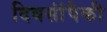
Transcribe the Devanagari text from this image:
दिवसांंपैकी